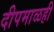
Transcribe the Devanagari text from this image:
दीपमाळही